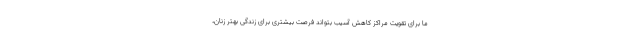
ما برای تقویت مراکز کاهش آسیب بتواند فرصت بیشتری برای زندگی بهتر زنان،